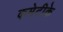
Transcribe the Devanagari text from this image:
कमेटीके